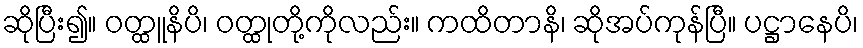
ဆိုပြီး၍။ ဝတ္ထူနိပိ၊ ဝတ္ထုတို့ကိုလည်း။ ကထိတာနိ၊ ဆိုအပ်ကုန်ပြီ။ ပဋ္ဌာနေပိ၊